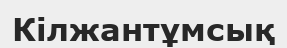
Кілжантұмсық